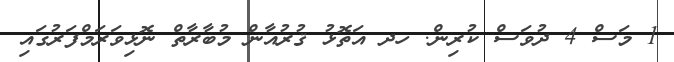
1 މަސް 4 ދުވަސް ކުރިން. ހދ އަތޮޅު ޤުރުއާން މުބާރާތް ނޮޅިވަރަމްފަރުގައި